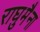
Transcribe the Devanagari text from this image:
राघुमैना